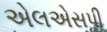
એલએસપી